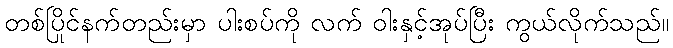
တစ်ပြိုင်နက်တည်းမှာ ပါးစပ်ကို လက် ဝါးနှင့်အုပ်ပြီး ကွယ်လိုက်သည်။